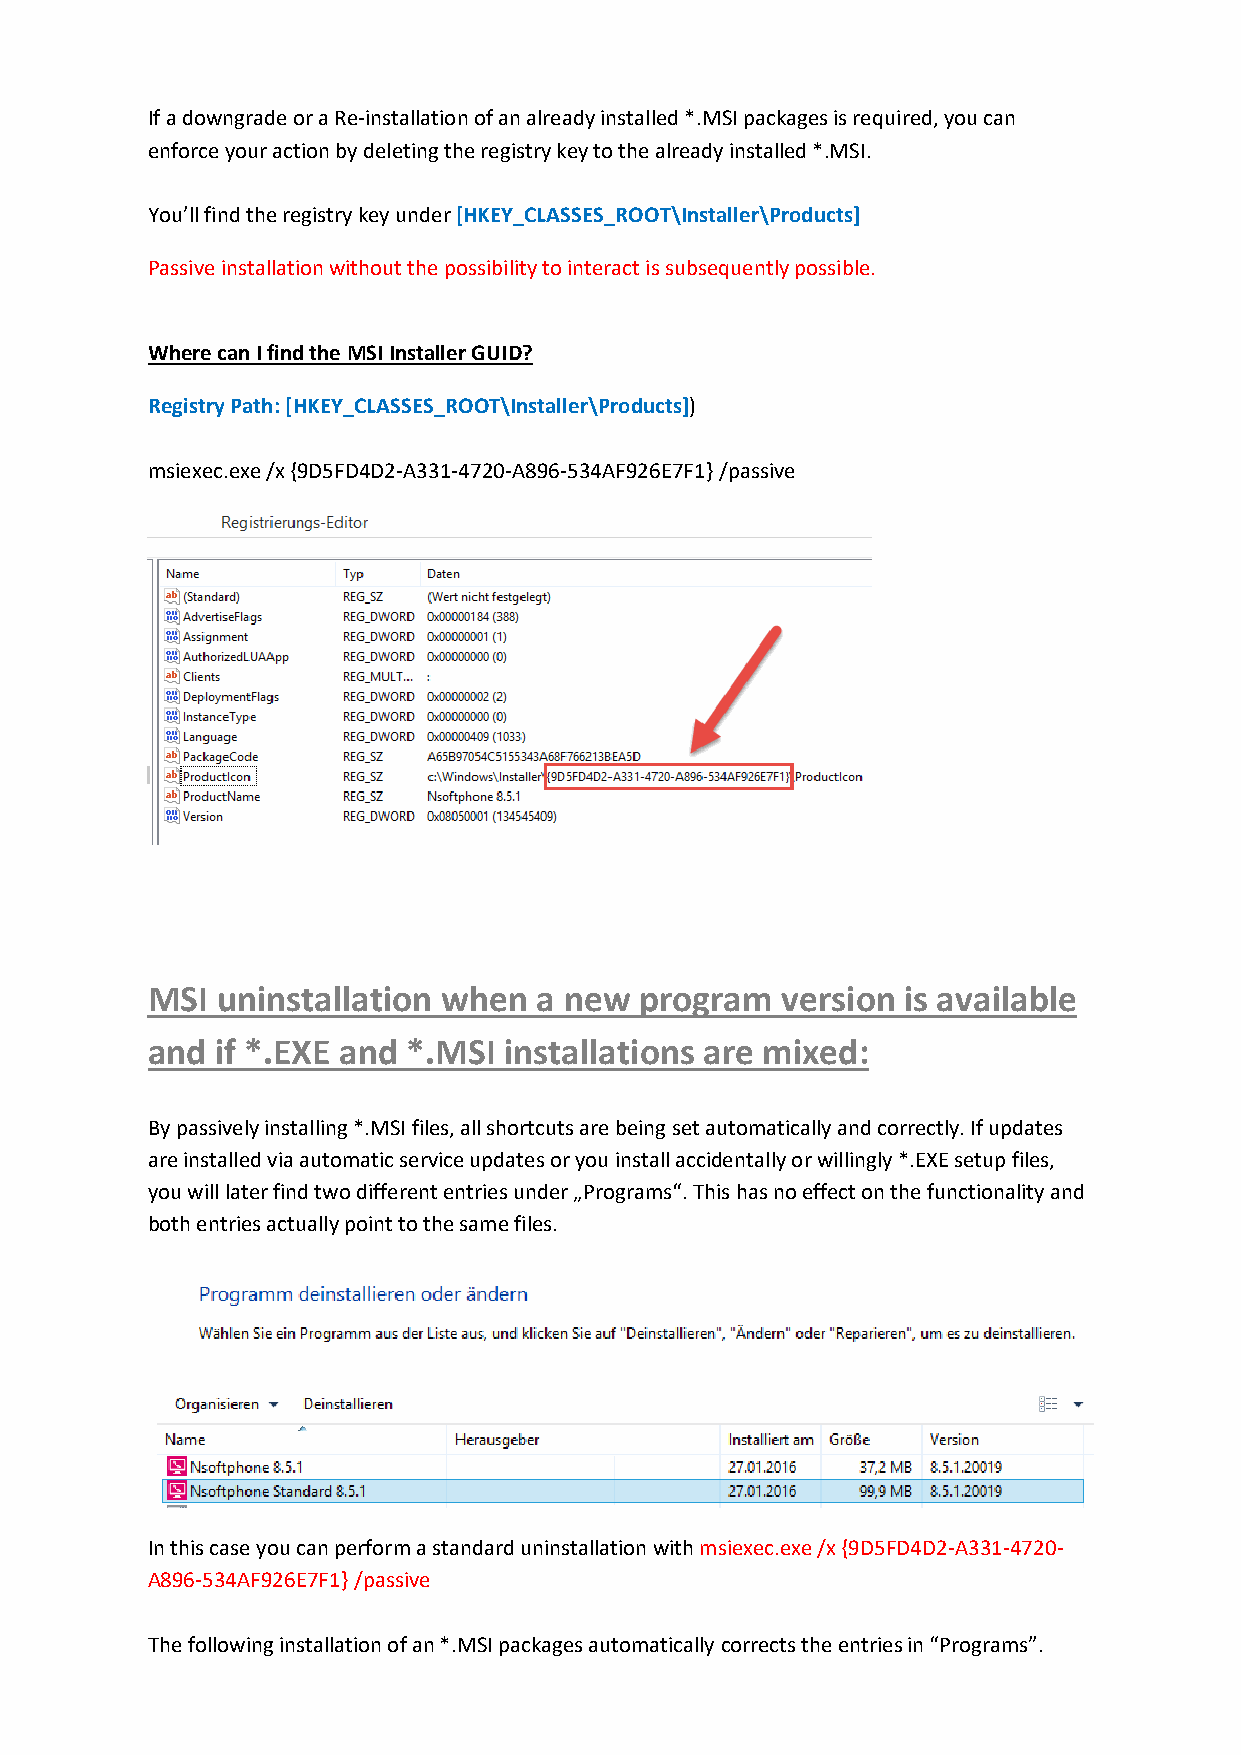
If a downgrade or a Re‐installation of an already installed *.MSI packages is required, you can
 enforce your action by deleting the registry key to the already installed *.MSI.
 You’ll find the registry key under [HKEY_CLASSES_ROOT\Installer\Products]
 Passive installation without the possibility to interact is subsequently possible.
 Where can I find the MSI Installer GUID?
 Registry Path: [HKEY_CLASSES_ROOT\Installer\Products])
 msiexec.exe /x {9D5FD4D2‐A331‐4720‐A896‐534AF926E7F1} /passive
 MSI uninstallation when   a new program   version is available
 and if *.EXE and *.MSI installations are mixed:
 By passively installing *.MSI files, all shortcuts are being set automatically and correctly. If updates
 are installed via automatic service updates or you install accidentally or willingly *.EXE setup files,
 you will later find two different entries under „Programs“. This has no effect on the functionality and
 both entries actually point to the same files.
 In this case you can perform a standard uninstallation with msiexec.exe /x {9D5FD4D2‐A331‐4720‐
 A896‐534AF926E7F1} /passive
 The following installation of an *.MSI packages automatically corrects the entries in “Programs”.